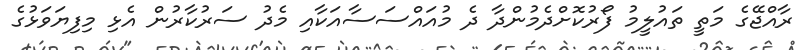
ރާއްޖޭގެ މަތީ ތައުލީމު ފޯރުކޮށްދެމުންދާ ދެ މުއައްސަސާއަކާއި މެދު ސަރުކާރުން އެޅި މިފިޔަވަޅުގެ